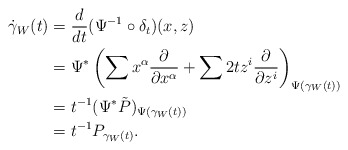
\begin{align*}\dot\gamma_W(t) &= \frac{d}{dt} (\Psi^{-1} \circ \delta_t)(x,z) \\&= \Psi^* \left( \sum x^\alpha \frac{\partial}{\partial x^\alpha} + \sum 2t z^i \frac{\partial}{\partial z^i} \right)_{\Psi(\gamma_W(t))} \\&= t^{-1} (\Psi^*\tilde{P})_{\Psi(\gamma_W(t))} \\&= t^{-1} P_{\gamma_W(t)}.\end{align*}